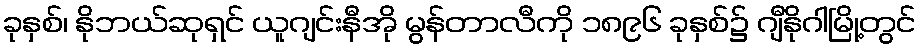
ခုနှစ်၊ နိုဘယ်ဆုရှင် ယူဂျင်းနီအို မွန်တာလီကို ၁၈၉၆ ခုနှစ်၌ ဂျီနိုဂါမြို့တွင်